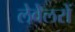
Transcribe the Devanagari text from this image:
लेवेलरों